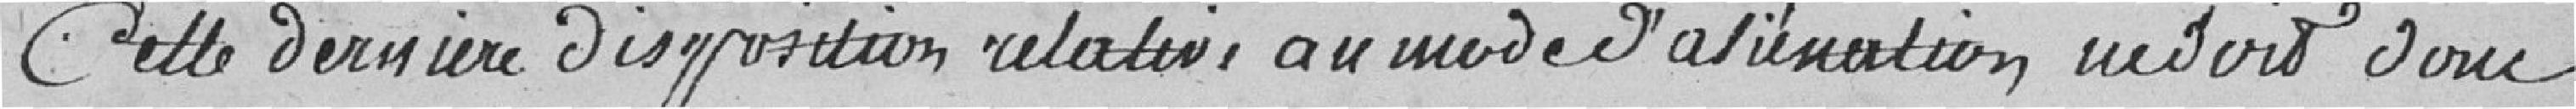
Cette dernière disposition relative au mode d'aliénation ne doit donc